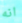
انه